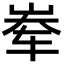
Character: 𪨶